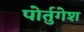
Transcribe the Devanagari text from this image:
पोर्तुगेश